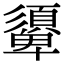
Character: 𩔾